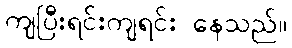
ကျပြီးရင်းကျရင်း နေသည်။